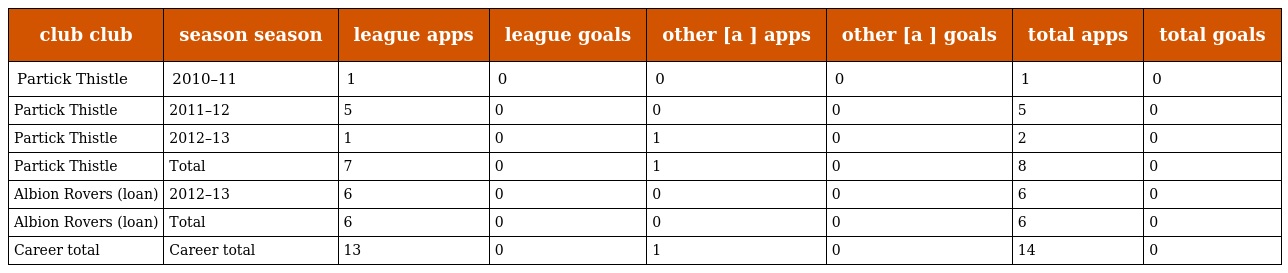
| club club | season season | league apps | league goals | other [a ] apps | other [a ] goals | total apps | total goals |
 | --- | --- | --- | --- | --- | --- | --- | --- |
 | Partick Thistle | 2010–11 | 1 | 0 | 0 | 0 | 1 | 0 |
 | Partick Thistle | 2011–12 | 5 | 0 | 0 | 0 | 5 | 0 |
 | Partick Thistle | 2012–13 | 1 | 0 | 1 | 0 | 2 | 0 |
 | Partick Thistle | Total | 7 | 0 | 1 | 0 | 8 | 0 |
 | Albion Rovers (loan) | 2012–13 | 6 | 0 | 0 | 0 | 6 | 0 |
 | Albion Rovers (loan) | Total | 6 | 0 | 0 | 0 | 6 | 0 |
 | Career total | Career total | 13 | 0 | 1 | 0 | 14 | 0 |